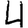
Digit: 4